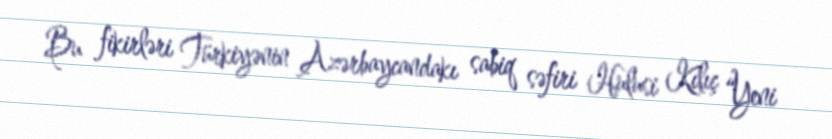
Bu fikirləri Türkiyənin Azərbaycandakı sabiq səfiri Hulusi Kılıç “Yeni